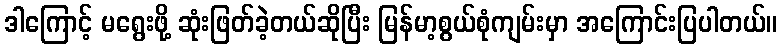
ဒါကြောင့် မရွေးဖို့ ဆုံးဖြတ်ခဲ့တယ်ဆိုပြီး မြန်မာ့စွယ်စုံကျမ်းမှာ အကြောင်းပြပါတယ်။